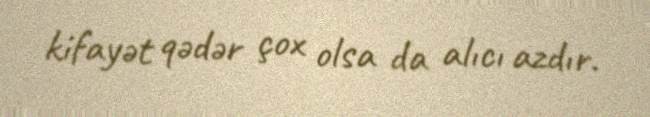
kifayət qədər çox olsa da alıcı azdır.